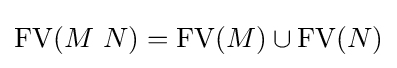
\operatorname {FV} (M\ N)=\operatorname {FV} (M)\cup \operatorname {FV} (N)